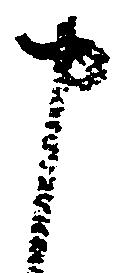
申